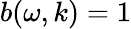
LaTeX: b(\omega,k)=1